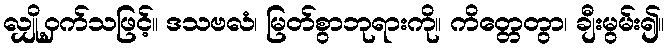
လျှို့ဝှက်သဖြင့်။ ဒသဗလံ၊ မြတ်စွာဘုရားကို။ ကိတ္တေတွာ၊ ချီးမွမ်း၍။